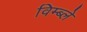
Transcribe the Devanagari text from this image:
विम्ब्ले